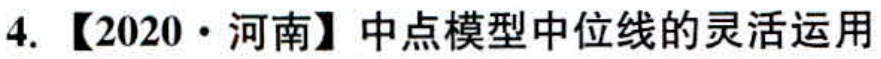
4.【2020·河南】中点模型中位线的灵活运用